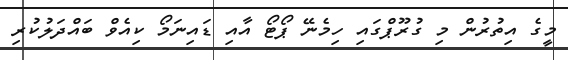
މީގެ އިތުރުން މި ގުރޫޕްގައި ހިމެނޭ ޕޯޓޯ އާއި ޑައިނަމޯ ކިއެވް ބައްދަލުކުރި